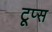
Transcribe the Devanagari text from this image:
टूप्स